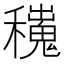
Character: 𥣼